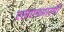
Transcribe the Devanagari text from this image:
एसएमआरपी